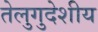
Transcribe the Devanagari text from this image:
तेलुगुदेशीय